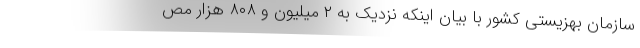
سازمان بهزیستی کشور با بیان اینکه نزدیک به ۲ میلیون و ۸۰۸ هزار مص